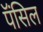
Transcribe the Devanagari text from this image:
पॅंसिल